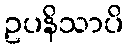
ဥပနိသာပိ